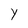
Character: Y